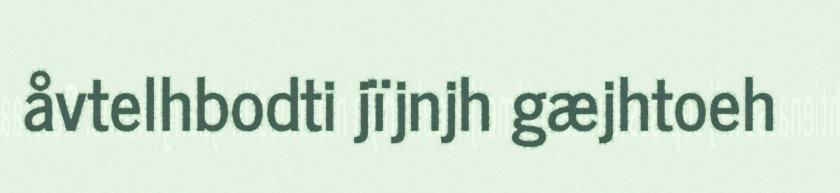
åvtelhbodti jïjnjh gæjhtoeh